Annual vaccination report of Bihar and Orissa - 1911-1928
Year: 1911
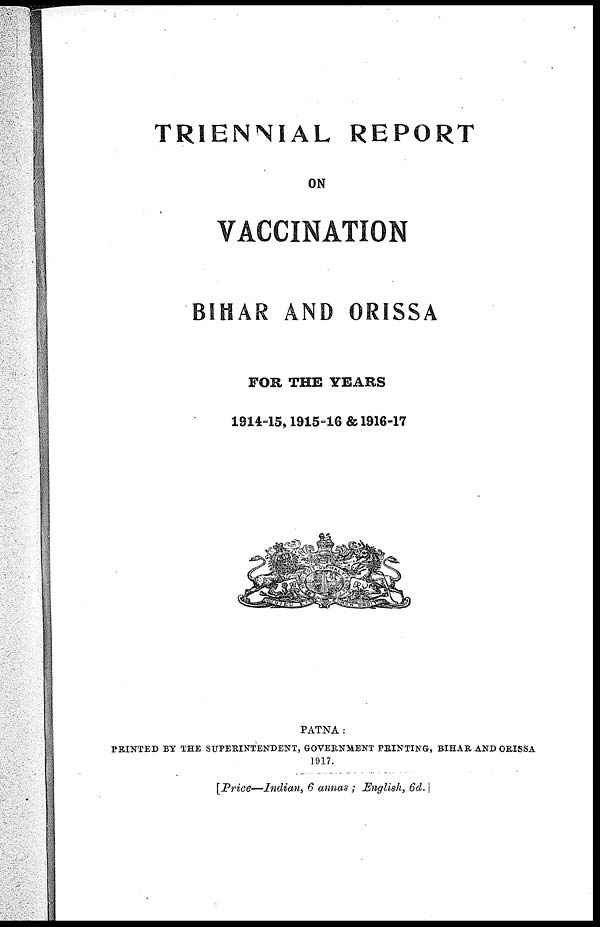
TRIENNIAL REPORT
ON
VACCINATION
BIHAR AND ORISSA
FOR THE YEARS
1914-15, 1915-16 & 1916-17
PATNA :
PRINTED BY THE SUPERINTENDENT, GOVERNMENT PRINTING, BIHAR AND ORISSA
1917.
[Price—Indian, 6 annas ; English, 6d.]